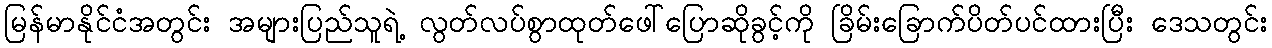
မြန်မာနိုင်ငံအတွင်း အများပြည်သူရဲ့ လွတ်လပ်စွာထုတ်ဖေါ်ပြောဆိုခွင့်ကို ခြိမ်းခြောက်ပိတ်ပင်ထားပြီး ဒေသတွင်း